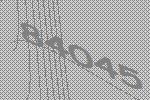
84045